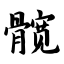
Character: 髋